Development of the parasite of Indian kala azar - Number 53
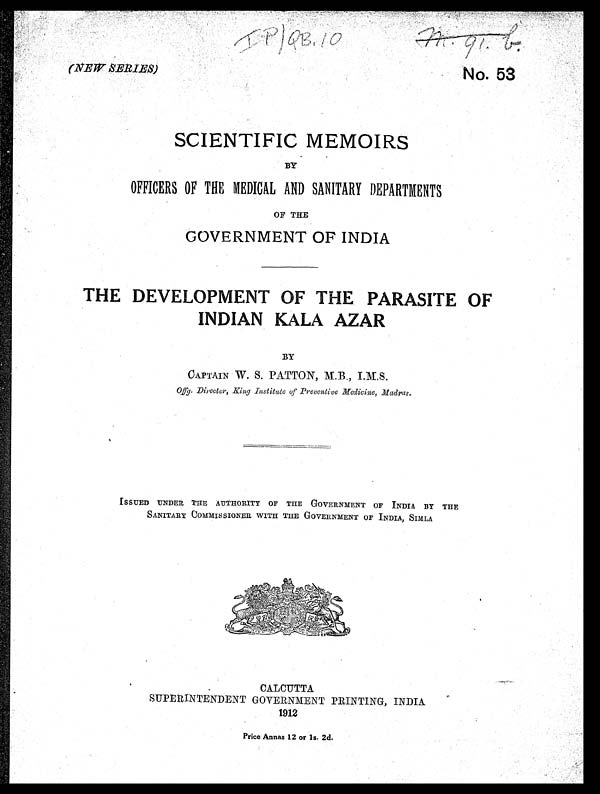
(NEWSERIES)
m . 9 1 . b .
No. 53
SCIENTIFIC MEMOIRS
BY
OFFICERS OF THE MEDICAL AND SANITARY DEPARTMENTS
OF THE
GOVERNMENT OF INDIA
THE DEVELOPMENT OF THE PARASITE OF
INDIAN KALA AZAR
BY
CAPTAIN W. S. PATTON, M.B., I.M.S.
Offg. Director, King Institute of Preventive Medicine, Madras.
ISSUED UNDER THE AUTHORITY OF THE GOVERNMENT OF INDIA BY THE
SANITARY COMMISSIONER WITH THE GOVERNMENT OF INDIA, SIMLA
CALCUTTA
SUPERINTENDENT GOVERNMENT PRINTING, INDIA
1912
Price .Annas 12 or ls. 2d.